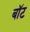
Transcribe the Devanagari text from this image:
बाॅट